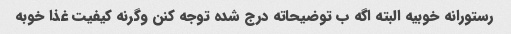
رستورانه خوبیه البته اگه ب توضیحاته درج شده توجه کنن وگرنه کیفیت غذا خوبه